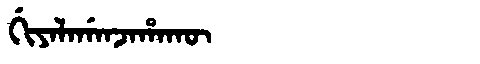
Manchu: ᡤᡳᠶᠠᠯᠠᡤᠠᠨᠵᠠᡥᠠᡴᡡ
Romanization: GIYALAGANJAHAKŪ